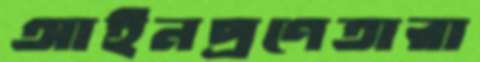
আইনপ্রণেতারা